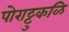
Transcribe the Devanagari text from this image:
पोराट्टुकळि